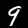
Digit: 9